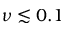
\nu \lesssim 0 . 1